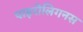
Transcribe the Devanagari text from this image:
पाइरोलिगनस